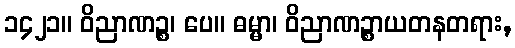
၁၄၂၁။ ဝိညာဏဉ္စ၊ ပေ။ ဓမ္မာ၊ ဝိညာဏဉ္စာယတနတရား,